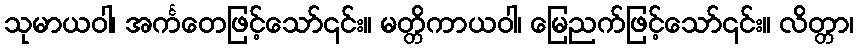
သုမာယဝါ၊ အင်္ကတေဖြင့်သော်၎င်း။ မတ္တိကာယဝါ၊ မြေညက်ဖြင့်သော်၎င်း။ လိတ္တာ၊